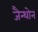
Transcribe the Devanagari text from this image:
जैन्थोन